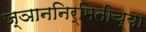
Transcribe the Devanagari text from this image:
ज्ञाननिर्मितीच्या